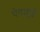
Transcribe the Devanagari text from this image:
पैदाहुई